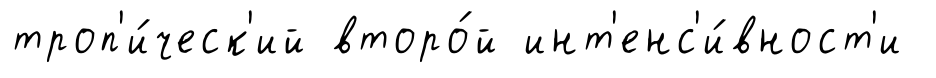
троп'и́ческ'ий второ́й инт'енс'и́вност'и